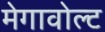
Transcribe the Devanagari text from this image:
मेगावोल्ट